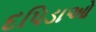
દપિડાઓ